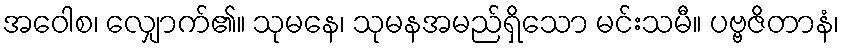
အဝေါစ၊ လျှောက်၏။ သုမနေ၊ သုမနအမည်ရှိသော မင်းသမီ။ ပဗ္ဗဇိတာနံ၊